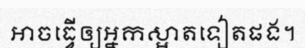
អាចធ្វើឲ្យអ្នកស្អាតទៀតផង។